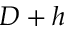
D + h